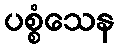
ပစ္စံသေန